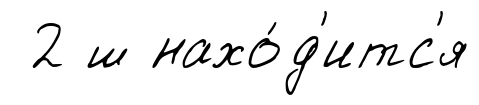
2 ш нахо́д'итс'я